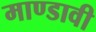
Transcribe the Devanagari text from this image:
माण्डावी